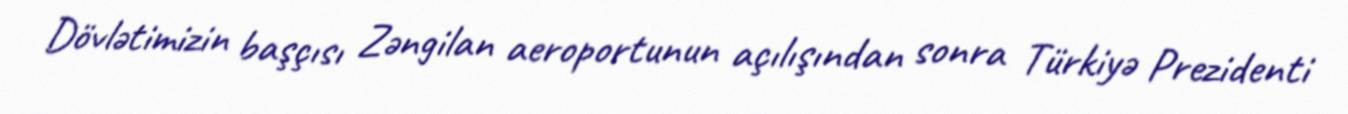
Dövlətimizin başçısı Zəngilan aeroportunun açılışından sonra Türkiyə Prezidenti